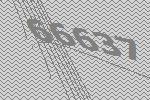
66637